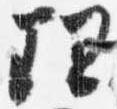
理